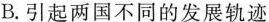
B.引起两国不同的发展轨迹